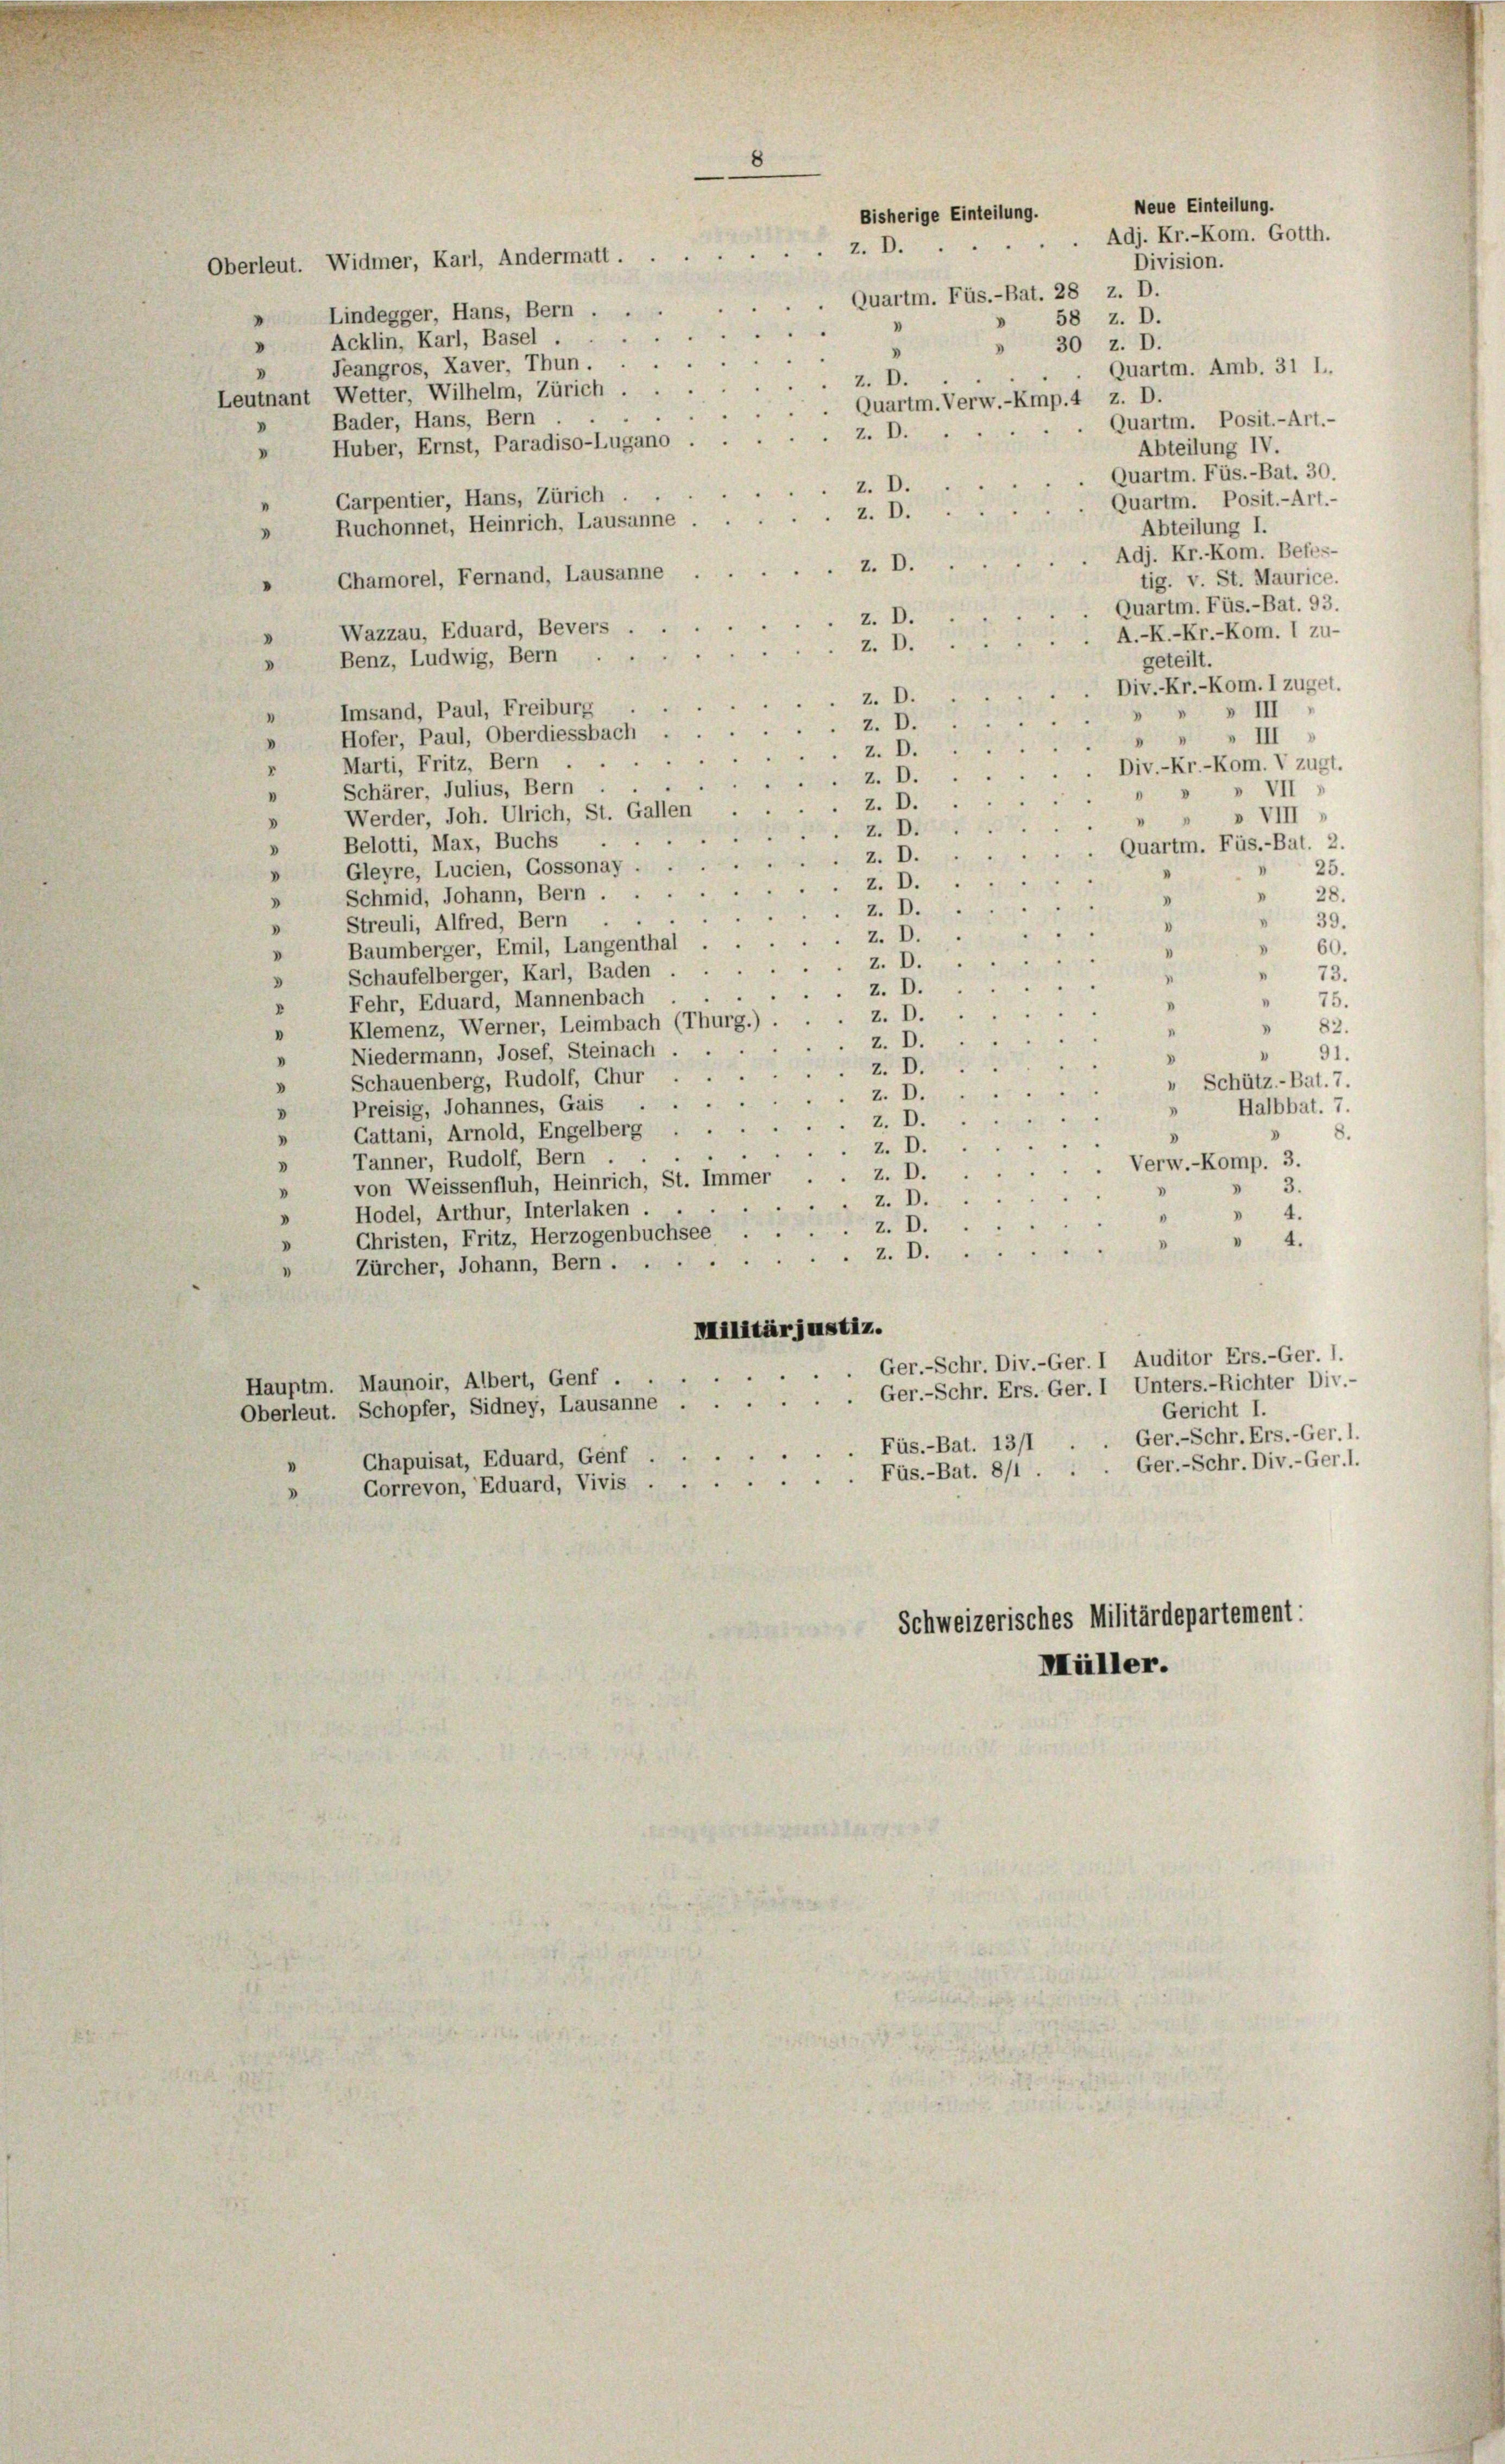
Oberleut. Widmer, Karl, Andermatt . .
Lindegger, Hans, Bern .
.

z. D.
Quartm. Füs.-Bat. 28 z. D.
58 z. D.
Acklin, Karl, Basel.
» 30 z. D.
v
Teangros, Xaver, Thun.
 Quartm. Amb. 31 l.
z. D.
Leutnant Wetter, Wilhelm, Zürich.
Quartm. Verw.-Knip.4 z. D.
Bader, Hans, Bern .
Quarti. Posit.-Art.-
z. D.
Huber, Ernst, Paradiso-Lugano
Abteilung IV.
Quartm. Füs.-Bat. 30.
z. D.
Carpentier, Hans, Zürich.
Quartm. Posit.-Art.-
z. D.
Ruchonnet, Heinrich, Lausanne
Abteilung I.
Adj. Kr. Kom. Betts-
z. D.
Chamorel, Fernand, Lausanne
tig. v. St. Maurice.
Quartm. Füs.-Bat. 93.
z. D.
Wazzau, Eduard, Bevers
A.-K.-Kr.-Kom. I zu-
z. D.
Benz, Ludwig, Bern
geteilt.
.
Div.-Kr.-Kom. I zuget.
z. D.
Imsand, Paul, Freiburg
» III
z. D.
Hofer, Paul, Oberdiessbach
» III
z. D.
Marti, Fritz, Bern
Div.-Kr.-Kom. V zugt.
z. D.
Schärer, Julius, Bern
VII
z. D.
Werder, Joh. Ulrich, St. Ga
» VIII
d
z. D.
Belotti, Max, Buchs
Quartm. Füs.-Bat. 2.
z. D.
Gleyre, Lucien, Gossonay
25.
.
2
z. D.
“
Schmid, Johann, Bern .
28.
V
z. D.
 39.
Streuli, Alfred, Bern
.
V
z. D.
Baumberger, Emil, Langenthal
 60.
I
V
z. D.
Schaufelberger, Karl, Baden
 73.
n
d
z. D.
Fehr, Eduard, Mannenbach
" 75.
.
.
z. D.
Klemenz, Werner, Leimbach (Thurg.)
 82.
.
z. D.
Niedermann, Josef, Steinach
91.
z. D.
Schauenberg, Rudolf, Chur
" Schütz.-Bat. 7.
.
z. D.
Preisig, Johannes, Gais .
 Halbbat. 7.
"
z. D.
Gattani, Arnold, Engelberg
8.
"
z. D.
Tanner, Rudolf, Bern . .
Verw.-Komp. 3.
"
z. D.
von Weissenfluh, Heinrich, St. Immer
z. D.
Hodel, Arthur, Interlaken . .
 4.
z. D.
Christen, Fritz, Herzogenbuchsee . .
4
z. D
Zürcher, Johann, Bern....
Militärjustiz.
Ger.-Schr. Div.-Ger. I Auditor Ers.-Ger. I.

Hauptm. Maunoir, Albert, Genf .
Oberleut. Schopfer, Sidney, Lausanne ...... Ger.-Schr. Ers. Ger. I Unters.-Richter Div.-
Gericht I.
Ger.-Schr. Ers.-Ger. 1.
Füs.-Bat. 13/1
Chapuisat, Eduard, Genf .
Ger.-Schr. Div.-Ger. 1.
Correvon, Eduard, Vivis Füs.-Bat. 8/1.
2
Schweizerisches Militärdepartement:
Müller.

Bisherige Einteilung.

Neue Einteilung.
Adj. Kr.-Kom. Gotth.
Division.